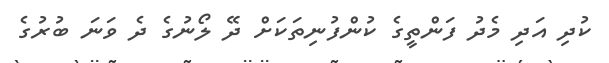
ކުދި އަދި މެދު ފަންތީގެ ކުންފުނިތަކަށް ދޭ ލޯނުގެ ދެ ވަނަ ބުރުގެ